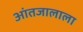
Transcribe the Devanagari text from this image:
आंतजालाला